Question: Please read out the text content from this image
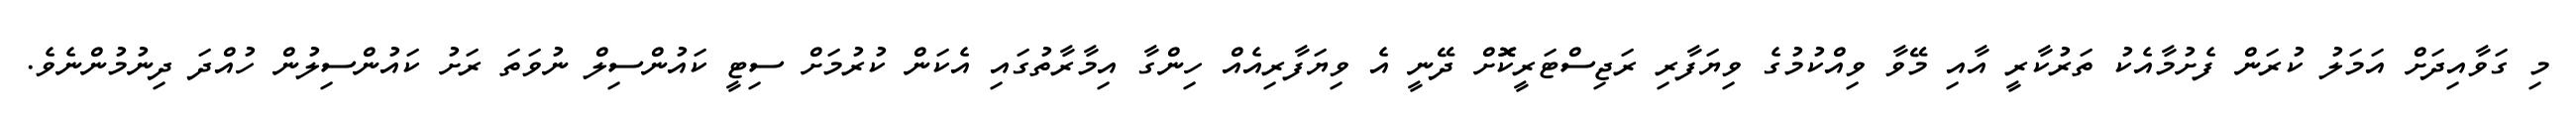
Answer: މި ގަވާއިދަށް އަމަލު ކުރަން ފެށުމާއެކު ތަރުކާރީ އާއި މޭވާ ވިއްކުމުގެ ވިޔަފާރި ރަޖިސްޓަރީކޮޮށް ދޭނީ އެ ވިޔަފާރިއެއް ހިންގާ އިމާރާތުގައި އެކަން ކުރުމަށް ސިޓީ ކައުންސިލް ނުވަތަ ރަށު ކައުންސިލުން ހުއްދަ ދިނުމުންނެވެ.